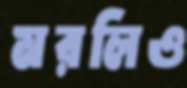
মরলিও